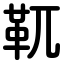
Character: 靰